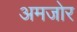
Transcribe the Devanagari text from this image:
अमजोर